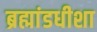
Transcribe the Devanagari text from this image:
ब्रह्मांडधीशा